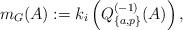
LaTeX: \begin{align*}m_G(A):=k_i\left(Q_{\{a,p\}}^{(-1)}(A)\right),\end{align*}